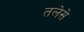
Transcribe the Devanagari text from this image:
तलेसे